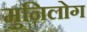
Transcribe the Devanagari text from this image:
मुनिलोग